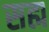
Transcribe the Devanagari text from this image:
सह्म